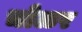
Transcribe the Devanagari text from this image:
चोळर